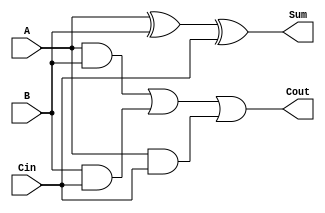
`timescale 1ns / 1ps
//////////////////////////////////////////////////////////////////////////////////
// Company: 
// Engineer: 
// 
// Design Name: 
// Module Name: FullAdder
// Project Name: 
// Target Devices: 
// Tool Versions: 
// Description: 
// 
// Dependencies: 
// 
// Revision:
// Revision 0.01 - File Created
// Additional Comments:
// 
//////////////////////////////////////////////////////////////////////////////////


module FullAdder(
    input A,
    input B,
    input Cin,
    output Sum,
    output Cout
    );
    

    
   assign Sum = A ^ B ^ Cin; // sum declaration
   assign Cout = (A & B) | (B & Cin) | (A & Cin); // Carry 
    
endmodule